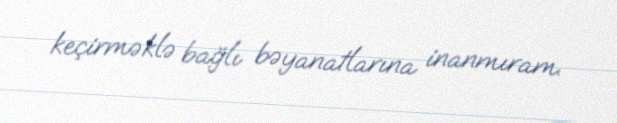
keçirməklə bağlı bəyanatlarına inanmıram.